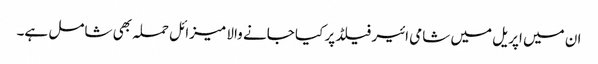
ان میں اپریل میں شامی ائیر فیلڈ پر کیا جانے والا میزائل حملہ بھی شامل ہے۔